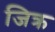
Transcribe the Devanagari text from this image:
जिक्र